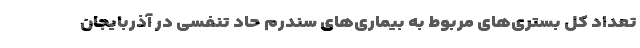
تعداد کل بستری‌های مربوط به بیماری‌های سندرم حاد تنفسی در آذربایجان